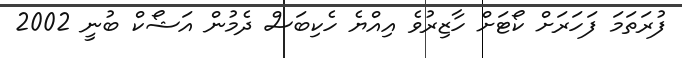
ފުރަތަމަ ފަހަރަށް ކޯޓަށް ހާޒިރުވެ އިއްޔެ ހެކިބަސް ދެމުން އަޝޯކް ބުނީ 2002